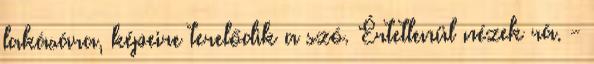
lakására, képeire terelődik a szó. Értetlenül nézek rá. -